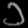
Digit: ၁